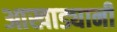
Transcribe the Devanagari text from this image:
आखाड्यानी